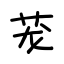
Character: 茏